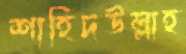
শাহিদউল্লাহ